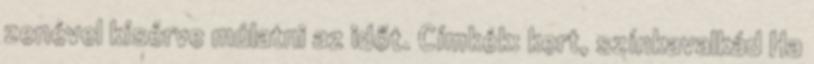
zenével kísérve múlatni az időt. Címkék: kert, színkavalkád Ha